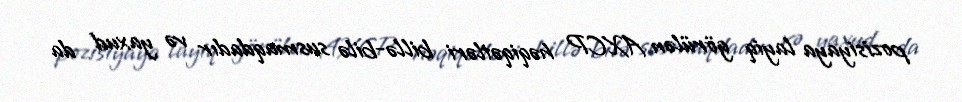
pozisiyaya layiq görülən AXCP həqiqətləri billə-bilə susmaqdadır və yaxud da